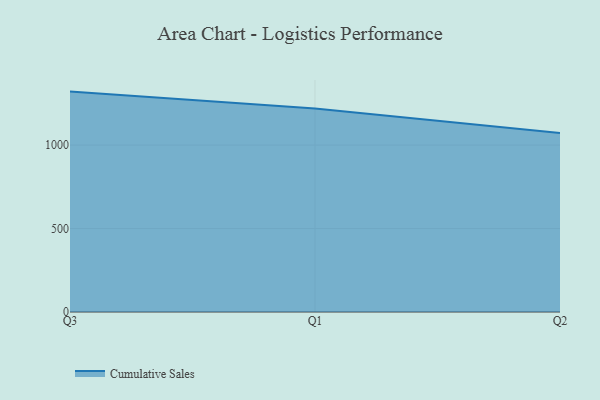
{"axis": {"x": "Quarter", "y": "Population (Million)"}, "legend": ["Cumulative Sales"], "data": [{"x": "Q3", "y": 1320.3, "type": "Cumulative Sales"}, {"x": "Q1", "y": 1218.5, "type": "Cumulative Sales"}, {"x": "Q2", "y": 1072.2, "type": "Cumulative Sales"}]}